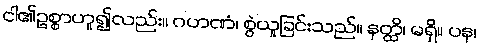
ငါ၏ဥစ္စာဟူ၍လည်း။ ဂဟဏံ၊ စွဲယူခြင်းသည်။ နတ္ထိ၊ မရှိ။ ပန၊